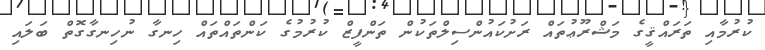
ކުރުމާއި ތަރައްޤީގެ މަޝްރޫޢުތައް ރަށުކައުންސިލްތަކުން ތަންފީޒް ކުރުމުގެ ކަންތައްތައް ހިނގާ ނުހިނގާގޮތް ބަލައި